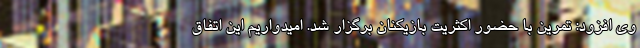
وی افزود: تمرین با حضور اکثریت بازیکنان برگزار شد. امیدواریم این اتفاق